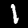
Digit: 1